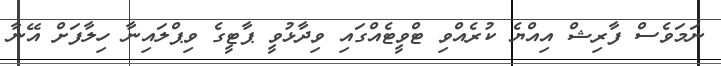
ނަމަވެސް ފާރިޝް އިއްޔެ ކުރެއްވި ޓްވީޓެއްގައި ވިދާޅުވީ ޕާޓީގެ ވިޕްލައިނާ ހިލާފަށް އޭނާ